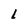
Character: l